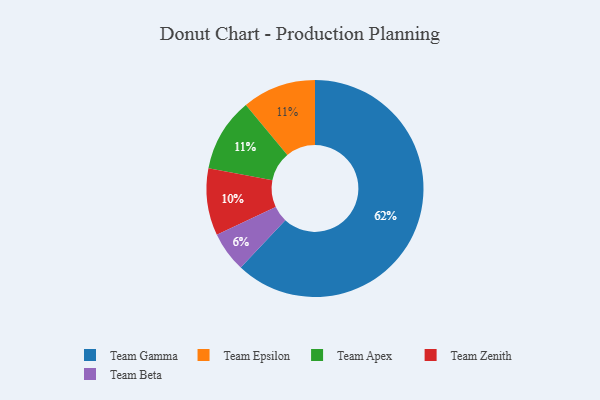
{"axis": {"x": "Category", "y": "Percentage"}, "legend": ["Team Apex", "Team Beta", "Team Epsilon", "Team Gamma", "Team Zenith"], "data": [{"x": "Team Epsilon", "y": 11, "type": "Team Epsilon"}, {"x": "Team Zenith", "y": 10, "type": "Team Zenith"}, {"x": "Team Apex", "y": 11, "type": "Team Apex"}, {"x": "Team Gamma", "y": 62, "type": "Team Gamma"}, {"x": "Team Beta", "y": 6, "type": "Team Beta"}]}